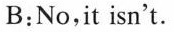
B:No,it isn't.